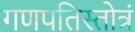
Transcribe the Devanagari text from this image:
गणपतिस्तोत्रं